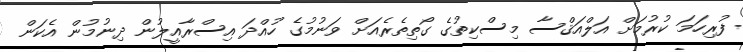
ފުރިހަމަ ކުރުމަށް އަލްއަޤްސާ މިސްކިތުގެ ގޯތިތެރެއަށް ވަނުމުގެ ހުއްދަ އިސްރާއީލުން ދިނުމުން އެކަން